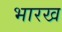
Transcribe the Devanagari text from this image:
भारख